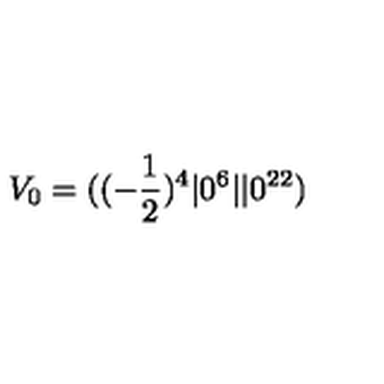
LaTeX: V _ { 0 } = ( ( - { \frac { 1 } { 2 } } ) ^ { 4 } \vert 0 ^ { 6 } \vert \vert 0 ^ { 2 2 } )